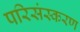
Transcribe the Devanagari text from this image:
परिसंस्करण